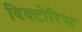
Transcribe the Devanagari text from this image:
विक्टोरिस